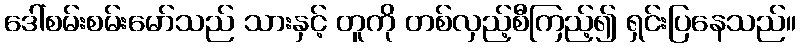
ဒေါ်စမ်းစမ်းမော်သည် သားနှင့် တူကို တစ်လှည့်စီကြည့်၍ ရှင်းပြနေသည်။